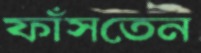
ফাঁসতেন